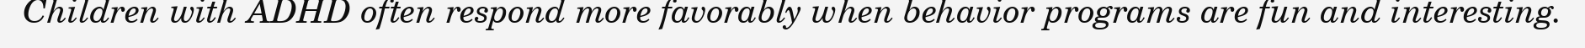
Children with ADHD often respond more favorably when behavior programs are fun and interesting.